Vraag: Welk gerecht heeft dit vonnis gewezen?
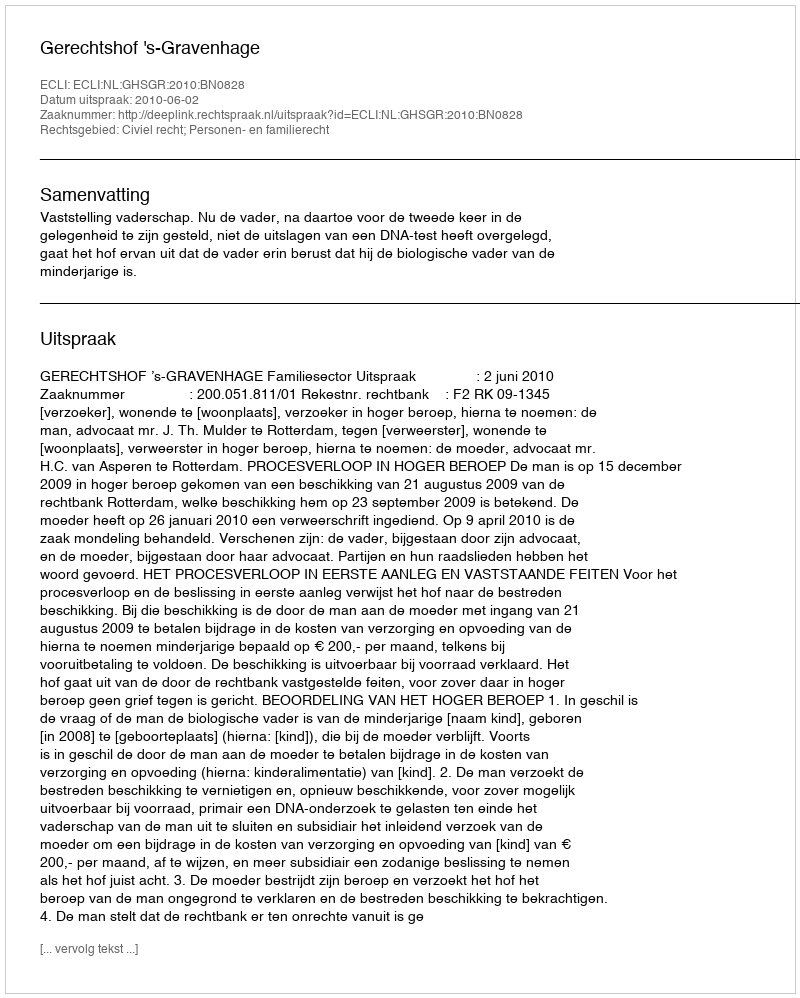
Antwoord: Gerechtshof 's-Gravenhage